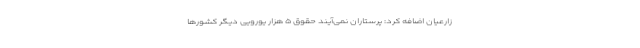
زارعیان اضافه کرد: پرستاران نمی‌آیند حقوق ۵ هزار یورویی دیگر کشور‌ها